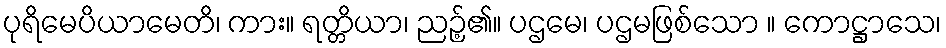
ပုရိမေပိယာမေတိ၊ ကား။ ရတ္တိယာ၊ ညဉ့်၏။ ပဌမေ၊ ပဌမဖြစ်သော ။ ကောဋ္ဌာသေ၊